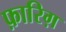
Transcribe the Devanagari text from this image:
फ़ारिग़